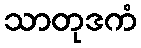
သာတုဒကံ